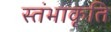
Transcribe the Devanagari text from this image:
स्तंभाकृति